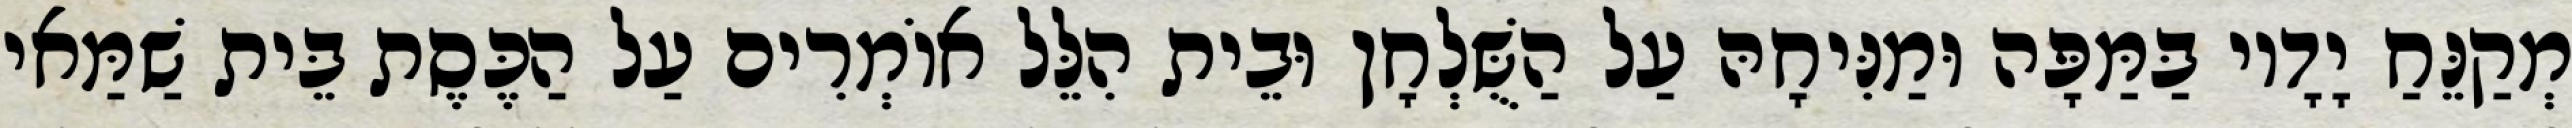
מְקַנֵּחַ יָדָיו בַּמַּפָּה וּמַנִּיחָהּ עַל הַשֻּׁלְחָן וּבֵית הִלֵּל אוֹמְרִים עַל הַכֶּסֶת בֵּית שַׁמַּאי